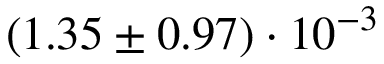
( 1 . 3 5 \pm 0 . 9 7 ) \cdot 1 0 ^ { - 3 }